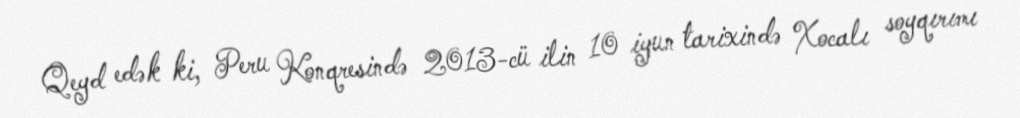
Qeyd edək ki, Peru Konqresində 2013-cü ilin 10 iyun tarixində Xocalı soyqırımı